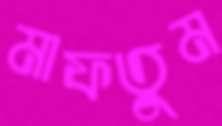
মাফতুম